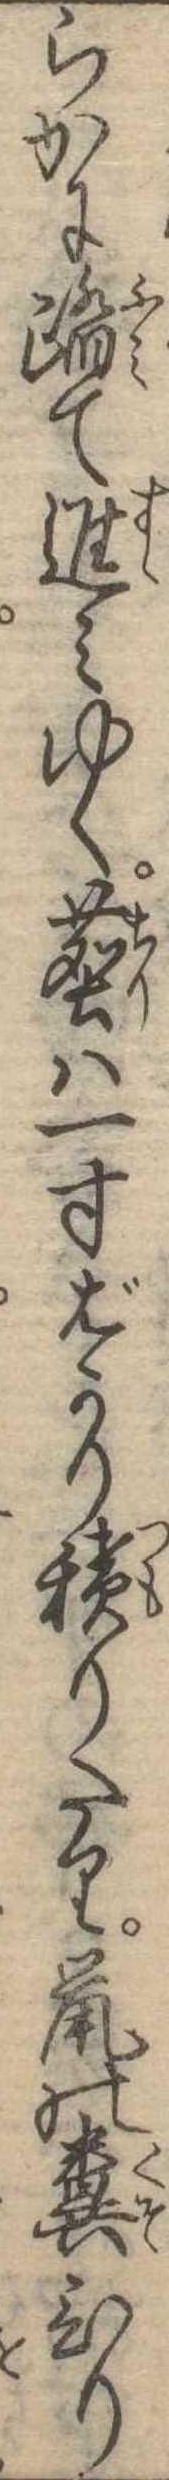
らかに踏て進みゆく塵は一寸ばかり積りたり鼠の糞ひり